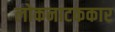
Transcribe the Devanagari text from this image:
लोकनाटककार